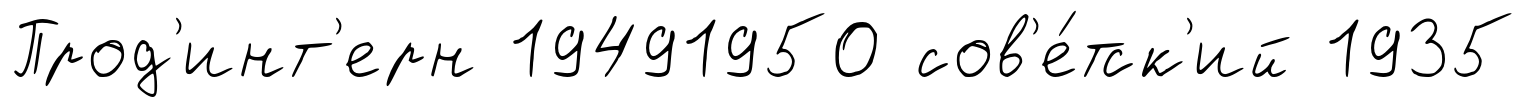
Прод'инт'ерн 19491950 сов'е́тск'ий 1935